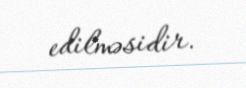
edilməsidir.